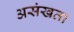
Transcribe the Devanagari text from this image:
असंखता